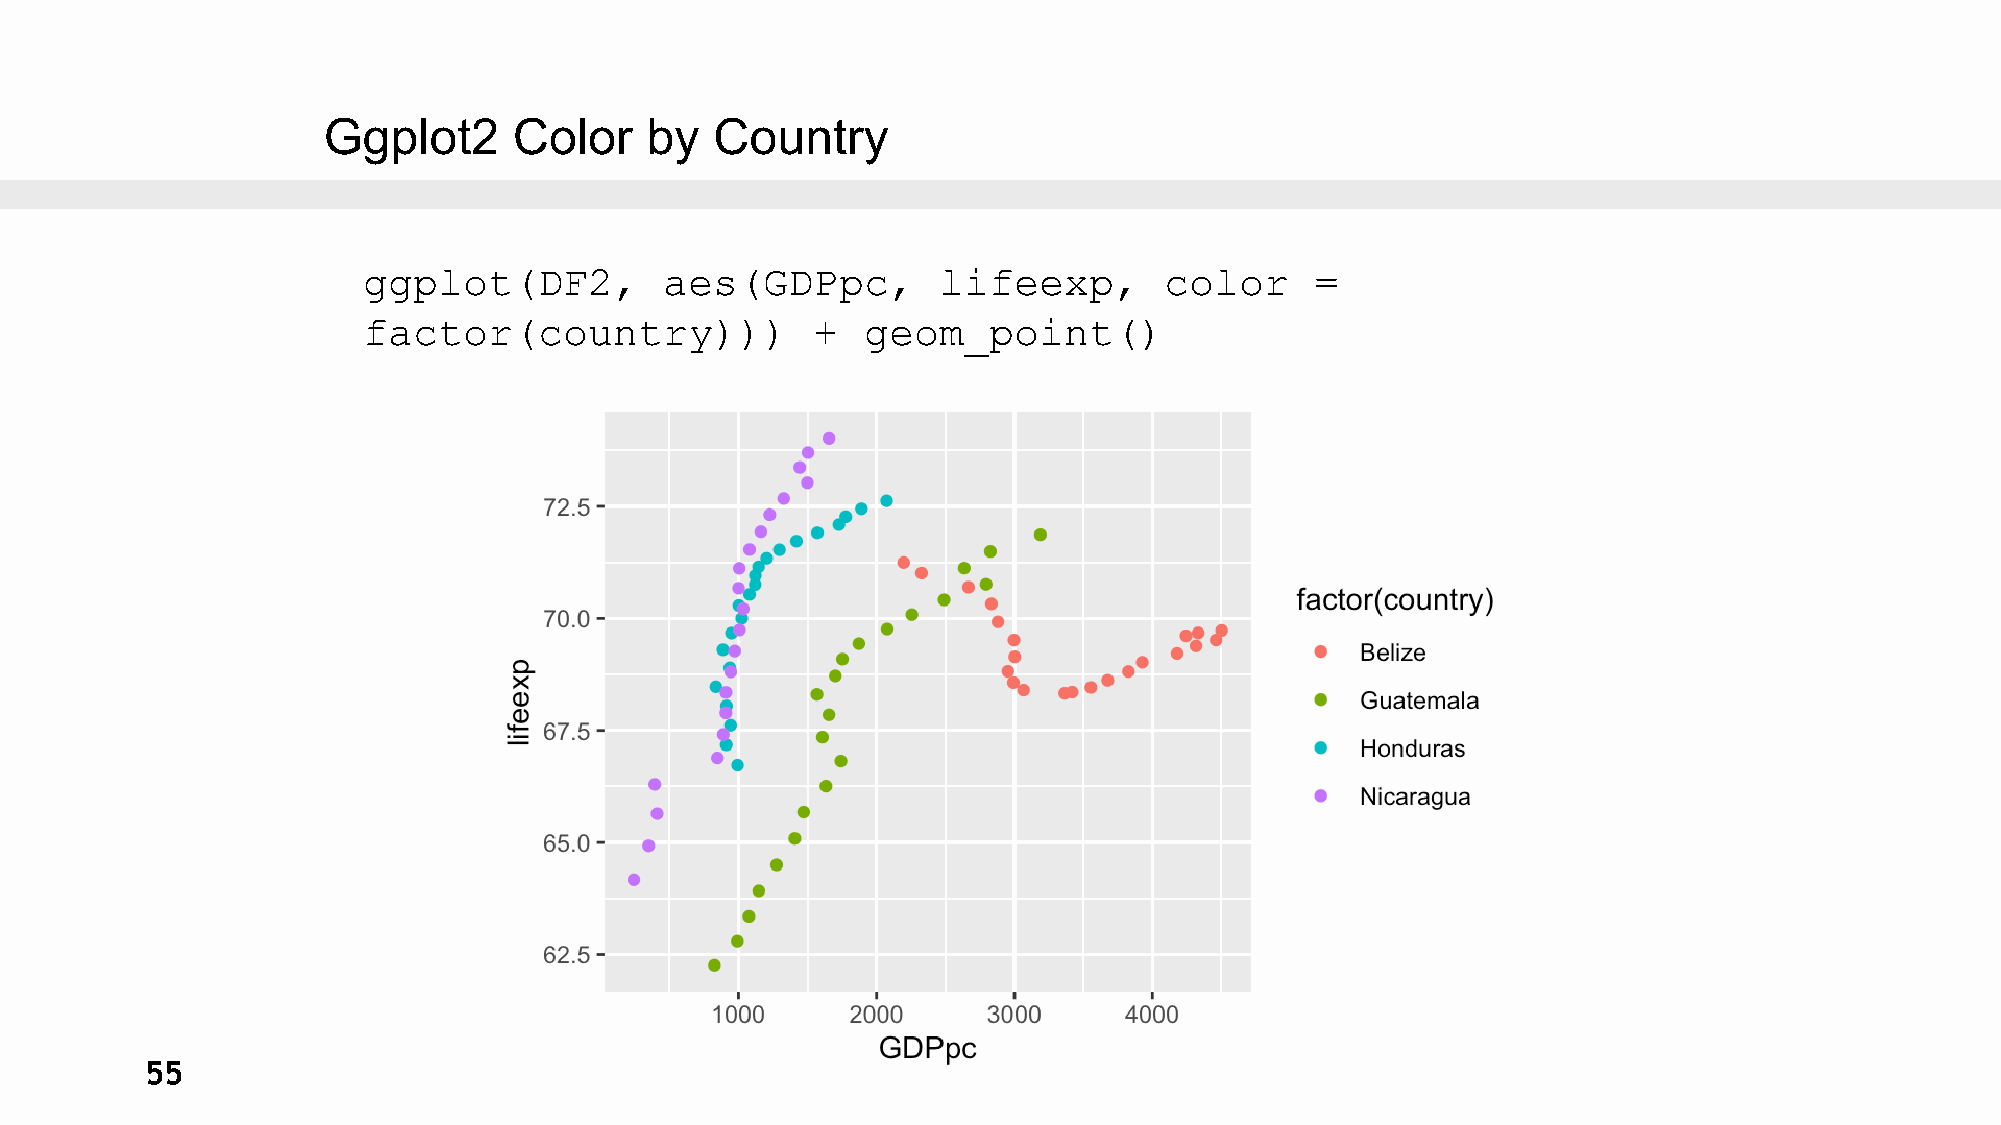
Ggplot2      Color    by  Country
 ggplot(DF2,         aes(GDPpc,        lifeexp,       color     =
 factor(country)))             +  geom_point()
 55